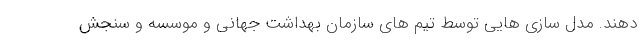
دهند. مدل سازی هایی توسط تیم های سازمان بهداشت جهانی و موسسه و سنجش